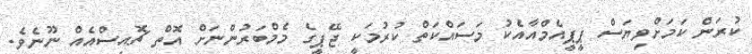
ކުރަން ކަމަށްވިޔަސް ޕީޕީއެމްއާއެކު މަސައްކަތް ކުރުމަކީ ޖޭޕީގެ މެމްބަރުންނަށް އޮތް ޗޮއިސްއެއް ނޫނެވެ.